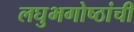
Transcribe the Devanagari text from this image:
लघुभगोष्ठांची